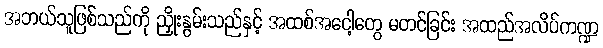
အဘယ်သူဖြစ်သည်ကို ညှိုးနွမ်းသည်နှင့် အထစ်အငေါ့တွေ မတင်ခြင်း အထည်အလိပ်ကဏ္ဍ